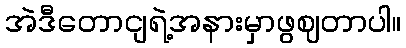
အဲဒီတောငျရဲ့အနားမှာဖွဈတာပါ။